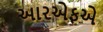
આરએફએ